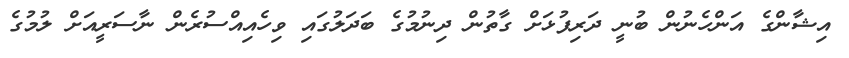
އިޝާންގެ އަންހެނުން ބުނީ ދަރިފުޅަށް ގާތުން ދިނުމުގެ ބަދަލުގައި ވިހެއިއްސުރެން ނާސަރީއަށް ލުމުގެ